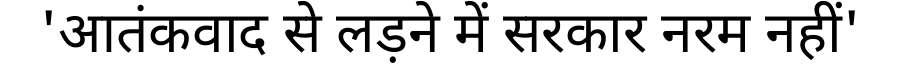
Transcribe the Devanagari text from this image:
'आतंकवाद से लड़ने में सरकार नरम नहीं'